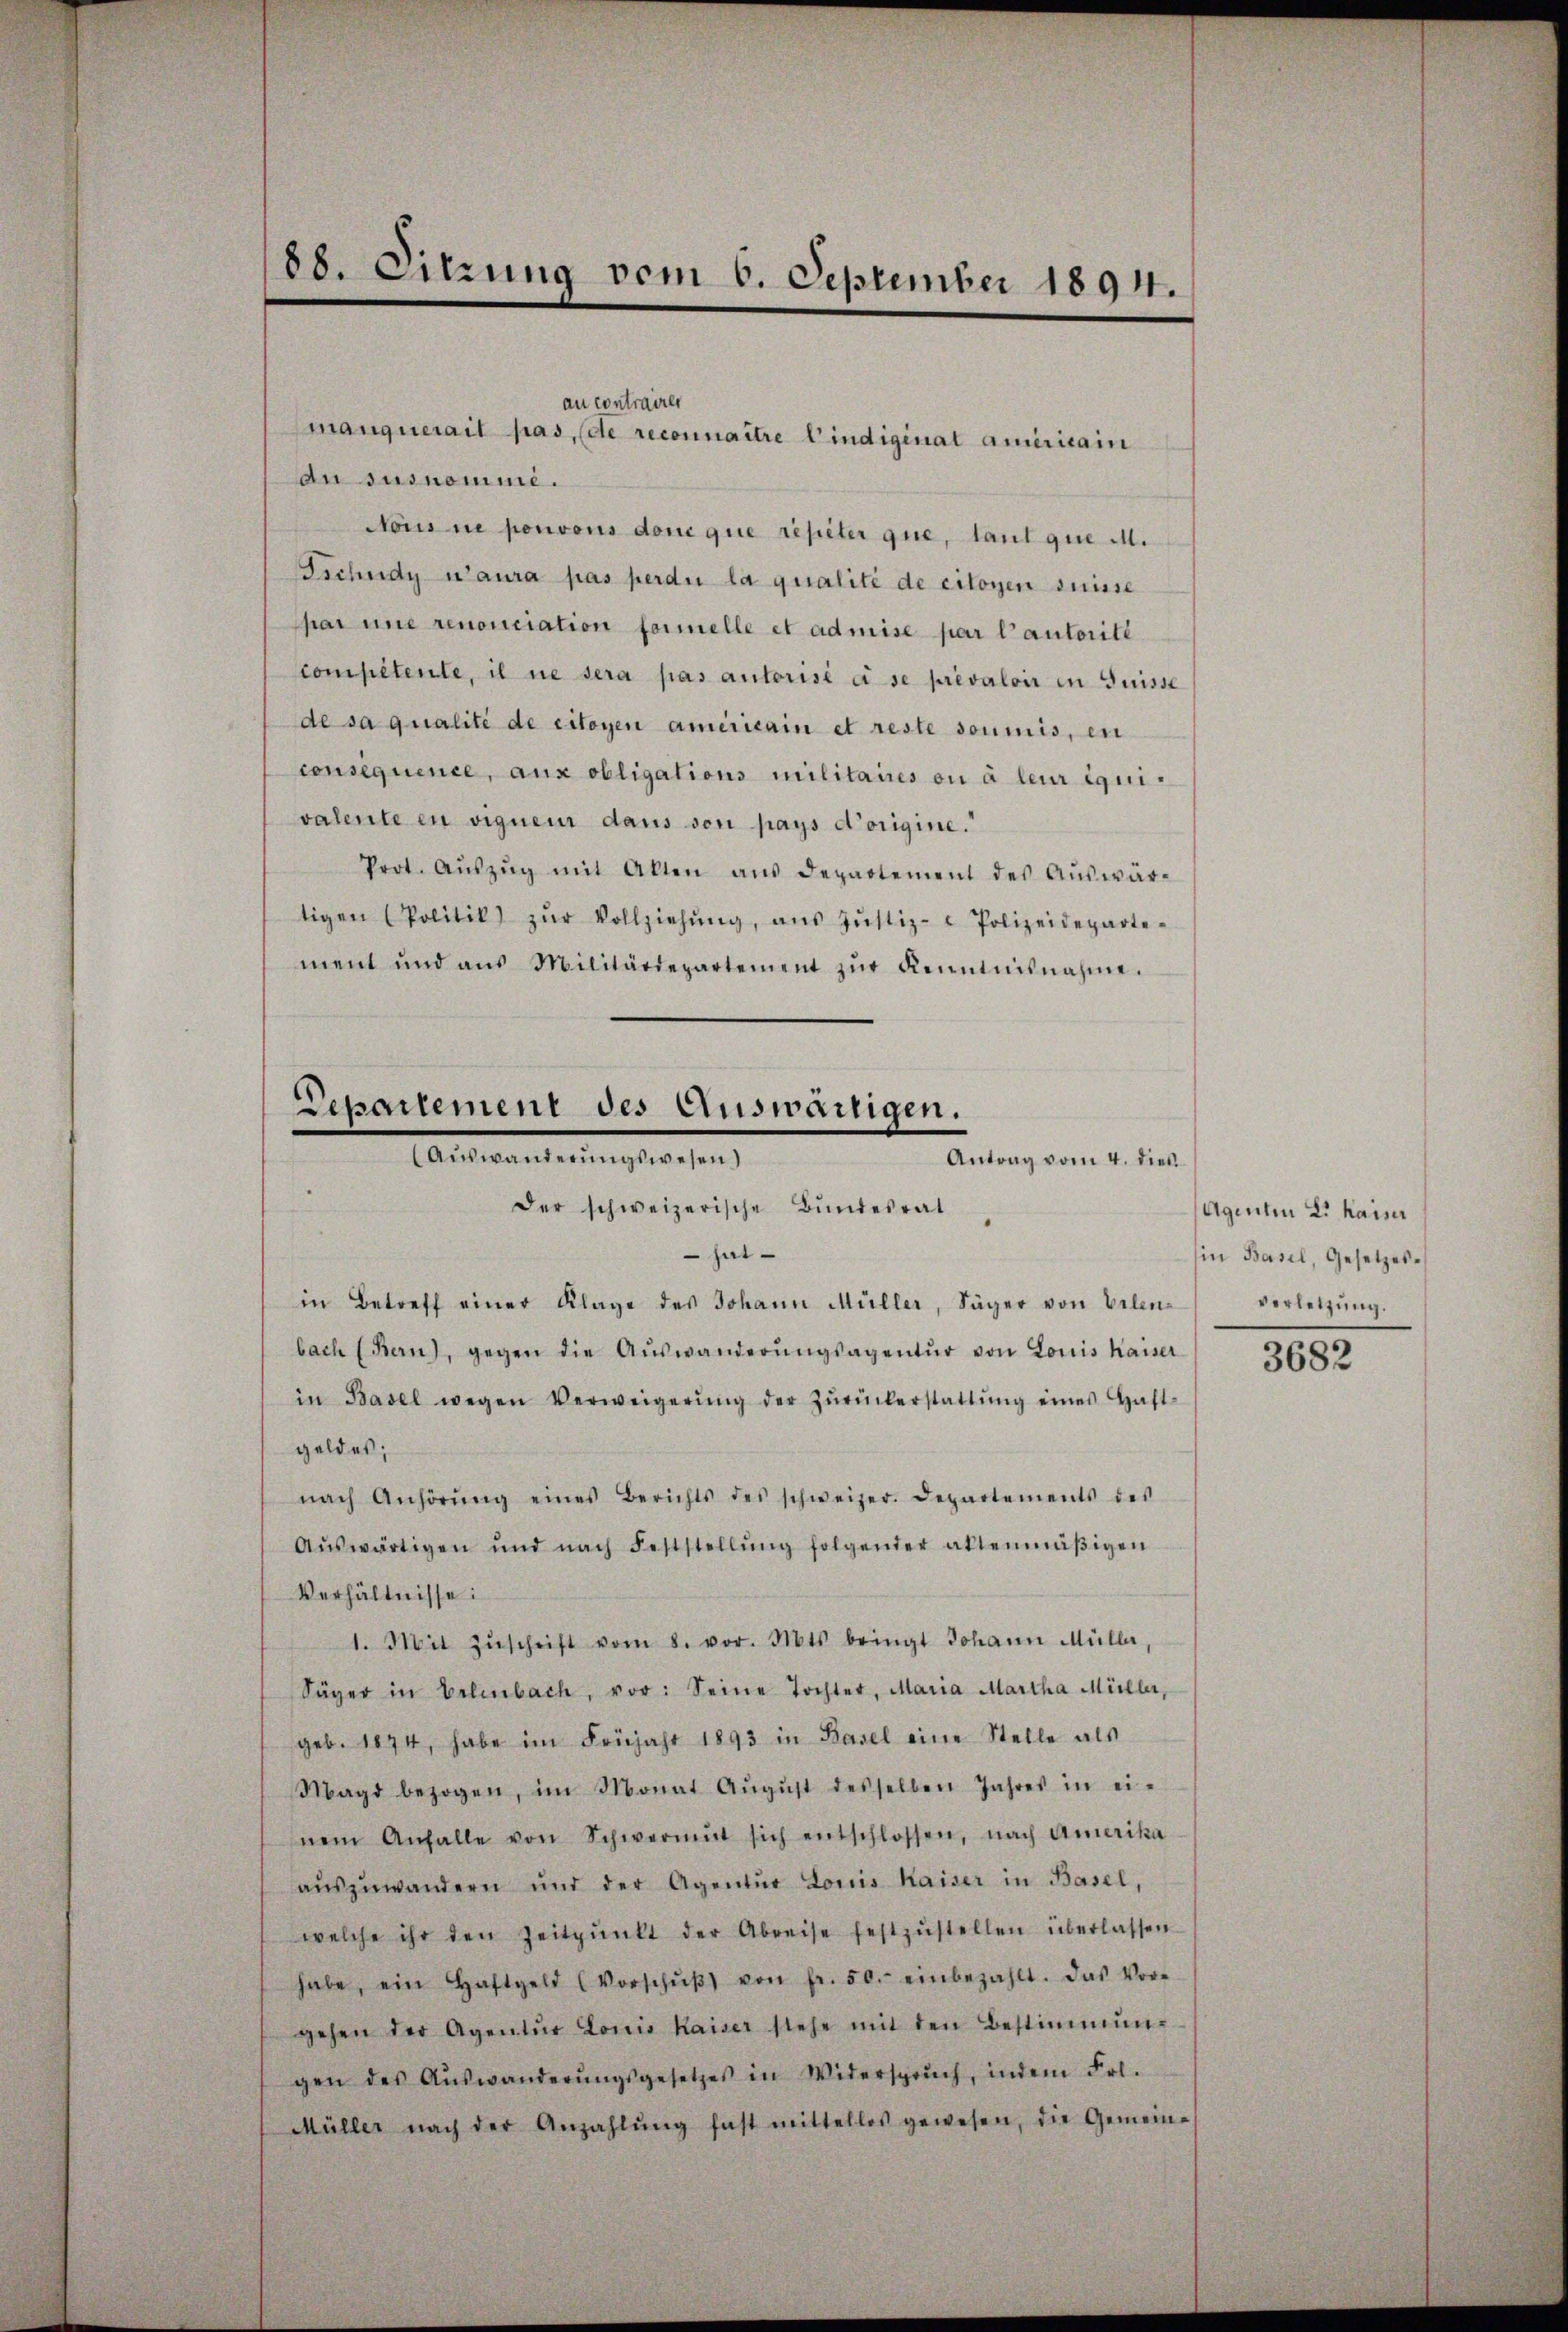
88. Sitzung vom 6. September 1894.

au contraire
manquerait pas, (de reconnaître l’indiginal ameritain
An susnomme.
Nomne pouvons dem que repeter que, tant que M.
Tschudy n’aura pas perdu la qualité de citoyen suisse
par une renonciation formelle et admise par l’autorité
competente, il ne sera pas autorisé à se prévaloir in Guisse
de sa qualité de citoyen americain et reste soumis, en
consequence, aux obligations militaires ou à leur iquivalente en vigneur dans von pays d’origine.
Prot. Aŭszŭg mit Alten aŭs departement des Aŭswär-
tigen Politik) zŭr Vollziehŭng, ans Jŭstiz- & Polizeideparte-
ment und aus Militärdepartement zŭr Kenntnisnahme.

Departement des Auswärtigen.
(Auswanderungswesen)
Antrag vom 4. dies
der schweizerische Bundesrat
hat

in Betreff einer Klage des Johann Müller, Säger von Belen-
bach (Bern, gegen die Aŭswanderŭngsagentŭr von Louis Kaiser
in Basel wegen Verweigerŭng der Zŭrückerstattŭng eines Haft-
geldes;
nach Anhörŭng eines Berichts des schweizer. Departements des
Aŭswärtigen und nach Feststellŭng folgender aktenmäβigen
Verhältnisse:
1. Mit Zŭschrift vom 8. vor. Mts. bringt Johann Müller,
Säger in Erlenbach, vor: Seine Tochter, Maria Martha Müller,
geb. 1874, habe im Früjahr 1893 in Basel eine Stelle als
Magd bezogen, im Monat Aŭgŭst desselben Jahres in ei-
nem Anfalle von Schwermut sich entschlossen, nach Amerika
aŭszŭwandern und der Agentur Louis Kaiser in Basel,
welche ihr den Zeitpŭnkt der Abreise festzŭstellen überlassen
habe, ein Haftgeld (Vorschŭβ von fr. 50. einbezahlt. Das Vor-
gehen der Agentŭr Louis Kaiser stehe mit den Bestimmung
gen des Aŭswanderŭngsgesetzes in Widersprŭch, indem Frl.
Müller nach der Anzahlŭng fast mittellos gewesen, die Gemein-

Agenten L. Kaiser
Ein Basel, Gesetzesverletzung.

3682